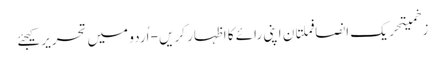
زخمیتحریک انصافملتان اپنی رائے کا اظہار کریں - اُردو میں تحریر کیجئے